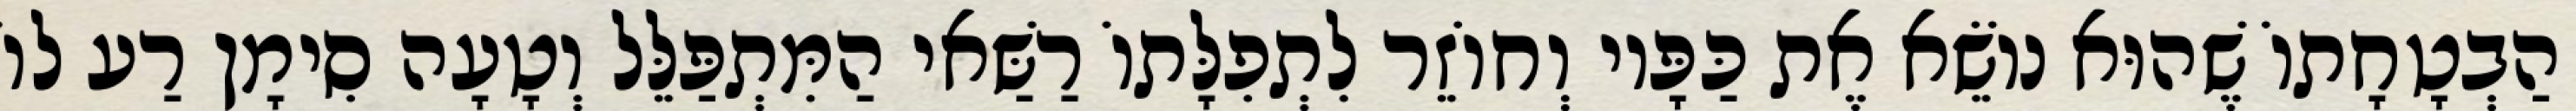
הַבְטָחָתוֹ שֶׁהוּא נוֹשֵׂא אֶת כַּפָּיו וְחוֹזֵר לִתְפִלָּתוֹ רַשַּׁאי הַמִּתְפַּלֵּל וְטָעָה סִימָן רַע לוֹ